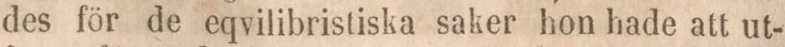
des för de eqvilibristiska saker hon hade att ut-